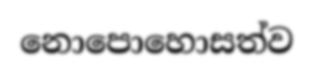
නොපොහොසත්ව